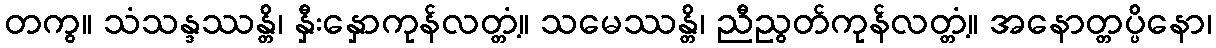
တကွ။ သံသန္ဒဿန္တိ၊ နှီးနှောကုန်လတ္တံ့။ သမေဿန္တိ၊ ညီညွတ်ကုန်လတ္တံ့။ အနောတ္တပ္ပိနော၊